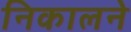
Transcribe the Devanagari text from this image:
निकालने